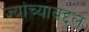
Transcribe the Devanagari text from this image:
ज्यांच्याबद्दल